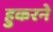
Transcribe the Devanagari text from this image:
हुकरने